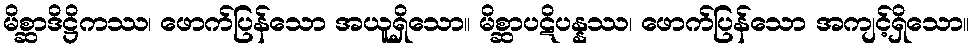
မိစ္ဆာဒိဋ္ဌိကဿ၊ ဖောက်ပြန်သော အယူရှိသော။ မိစ္ဆာပဋိပန္နဿ၊ ဖောက်ပြန်သော အကျင့်ရှိသော။